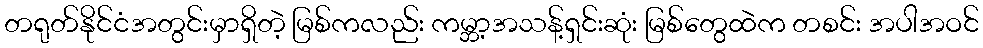
တရုတ်နိုင်ငံအတွင်းမှာရှိတဲ့ မြစ်ကလည်း ကမ္ဘာ့အသန့်ရှင်းဆုံး မြစ်တွေထဲက တစင်း အပါအဝင်